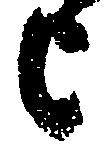
上